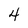
Character: 4